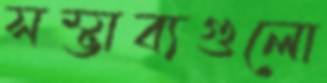
সম্ভাব্যগুলো